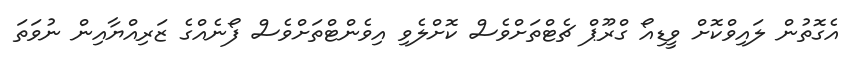
އެގޮތުން ލައިވްކޮށް ވީޑިއޯ ގްރޫޕް ޗެޓްތަށްވެސް ކޮށްލެވި އިވެންޓްތަށްވެސް ފޯނެއްގެ ޒަރިއްޔާއިން ނުވަތަ